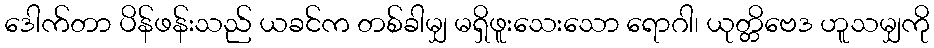
ဒေါက်တာ ပိန်ဖန်းသည် ယခင်က တစ်ခါမျှ မရှိဖူးသေးသော ရောဂါ၊ ယုတ္တိဗေဒ ဟူသမျှကို